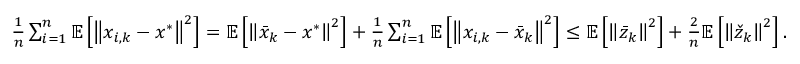
\begin{array} { r } { \frac { 1 } { n } \sum _ { i = 1 } ^ { n } \mathbb { E } \left[ \left\Vert x _ { i , k } - x ^ { * } \right\Vert ^ { 2 } \right] = \mathbb { E } \left[ \left\Vert \bar { x } _ { k } - x ^ { * } \right\Vert ^ { 2 } \right] + \frac { 1 } { n } \sum _ { i = 1 } ^ { n } \mathbb { E } \left[ \left\Vert x _ { i , k } - \bar { x } _ { k } \right\Vert ^ { 2 } \right] \leq \mathbb { E } \left[ \left\Vert \bar { z } _ { k } \right\Vert ^ { 2 } \right] + \frac { 2 } { n } \mathbb { E } \left[ \left\Vert \check { z } _ { k } \right\Vert ^ { 2 } \right] . } \end{array}